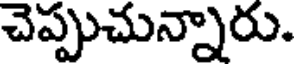
చెప్పుచున్నారు.